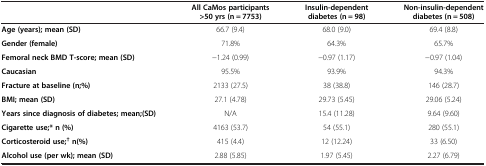
<table><thead><tr><td><b> </b></td><td><b>All CaMos participants &gt;50 yrs (n = 7753)</b></td><td><b>Insulin-dependent diabetes (n = 98)</b></td><td><b>Non-insulin-dependent diabetes (n = 508)</b></td></tr></thead><tbody><tr><td><b>Age (years); mean (SD)</b></td><td>66.7 (9.4)</td><td>68.0 (9.0)</td><td>69.4 (8.8)</td></tr><tr><td><b>Gender (female)</b></td><td>71.8%</td><td>64.3%</td><td>65.7%</td></tr><tr><td><b>Femoral neck BMD T-score; mean (SD)</b></td><td>-1.24 (0.99)</td><td>-0.97 (1.17)</td><td>-0.97 (1.04)</td></tr><tr><td><b>Caucasian</b></td><td>95.5%</td><td>93.9%</td><td>94.3%</td></tr><tr><td><b>Fracture at baseline (n;%)</b></td><td>2133 (27.5)</td><td>38 (38.8)</td><td>146 (28.7)</td></tr><tr><td><b>BMI; mean (SD)</b></td><td>27.1 (4.78)</td><td>29.73 (5.45)</td><td>29.06 (5.24)</td></tr><tr><td><b>Years since diagnosis of diabetes; mean;(SD)</b></td><td>N/A</td><td>15.4 (11.28)</td><td>9.64 (9.60)</td></tr><tr><td><b>Cigarette use;* n (%)</b></td><td>4163 (53.7)</td><td>54 (55.1)</td><td>280 (55.1)</td></tr><tr><td><b>Corticosteroid use;</b><sup><b>†</b></sup><b>n(%)</b></td><td>415 (4.4)</td><td>12 (12.24)</td><td>33 (6.50)</td></tr><tr><td><b>Alcohol use (per wk); mean (SD)</b></td><td>2.88 (5.85)</td><td>1.97 (5.45)</td><td>2.27 (6.79)</td></tr></tbody></table>